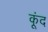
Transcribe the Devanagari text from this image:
कूंद